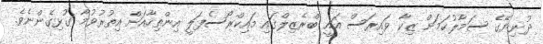
ދުނިޔޭގެ ސަމާލުކަމަށް ޒިކާ ވައިރަސް އައީ ބްރެޒިލްގައި މައިކްރޯސެފަލީ އިންތިހާއަށް އިތުރުވުމާ ގުޅިގެންނެވެ.